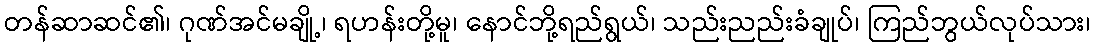
တန်ဆာဆင်၏၊ ဂုဏ်အင်မချို့၊ ရဟန်းတို့မူ၊ နောင်ဘို့ရည်ရွယ်၊ သည်းညည်းခံချုပ်၊ ကြည်ဘွယ်လုပ်သား၊